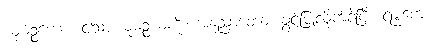
ယုဓဉ္စယော၊ ငါ့သားယုဓဉ္စယကို။ အနုညာတော၊ ခွင့်ပြုလိုက်ခဲ့ပြီ။ ရမ္မကော၊